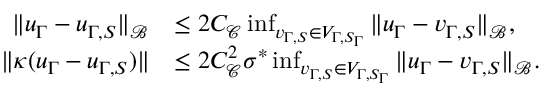
\begin{array} { r l } { \| u _ { \Gamma } - u _ { \Gamma , S } \| _ { \mathcal { B } } } & { \leq 2 C _ { \mathcal { C } } \operatorname* { i n f } _ { v _ { \Gamma , S } \in V _ { \Gamma , S _ { \Gamma } } } \| u _ { \Gamma } - v _ { \Gamma , S } \| _ { \mathcal { B } } , } \\ { \| \kappa ( u _ { \Gamma } - u _ { \Gamma , S } ) \| } & { \leq 2 C _ { \mathcal { C } } ^ { 2 } \sigma ^ { * } \operatorname* { i n f } _ { v _ { \Gamma , S } \in V _ { \Gamma , S _ { \Gamma } } } \| u _ { \Gamma } - v _ { \Gamma , S } \| _ { \mathcal { B } } . } \end{array}